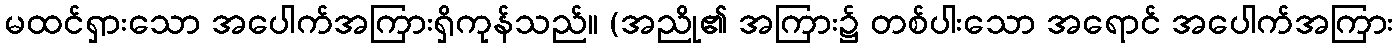
မထင်ရှားသော အပေါက်အကြားရှိကုန်သည်။ (အညို၏ အကြား၌ တစ်ပါးသော အရောင် အပေါက်အကြား